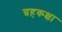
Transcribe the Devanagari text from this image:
ग्रहकक्षा